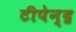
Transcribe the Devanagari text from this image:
टीपेन्द्र